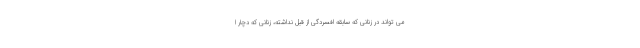
می تواند در زنانی که سابقه افسردگی از قبل نداشته، زنانی که دچار ا